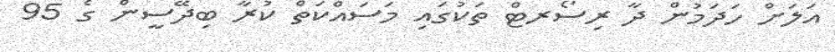
އަލަށް ހަދަމުން ދާ ރިސޯރޓް ތަކުގައި މަސައްކަތް ކުރާ ބިދޭސީން ގެ 95